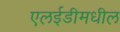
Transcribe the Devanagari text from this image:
एलईडीमधील